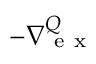
- \nabla { } _ { \mathrm { ~ e ~ x ~ } } ^ { Q }